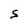
Character: S